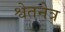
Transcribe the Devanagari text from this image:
श्वेतनेत्र